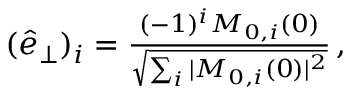
\begin{array} { r } { ( \hat { e } _ { \perp } ) _ { i } = \frac { ( - 1 ) ^ { i } M _ { 0 , i } ( 0 ) } { \sqrt { \sum _ { i } \vert M _ { 0 , i } ( 0 ) \vert ^ { 2 } } } \, , } \end{array}